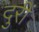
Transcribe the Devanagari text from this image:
दुरीं